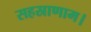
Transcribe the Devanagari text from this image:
सहस्राणाम।